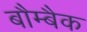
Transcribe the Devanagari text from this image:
बौम्बैक